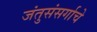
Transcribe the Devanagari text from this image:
जंतुसंसर्गाचे